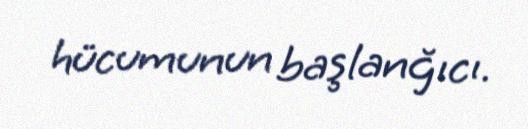
hücumunun başlanğıcı.